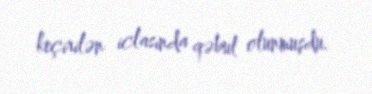
keçirilən iclasında qəbul olunmuşdu.